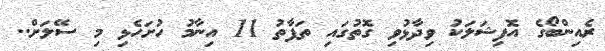
ރެއިންބޯގެ އޮފިޝަލަކު ވިދާޅުވި ގޮތުގައި ތަފާތު 11 އިނާމު ހުށަހެޅި މި ސޭލަށް..